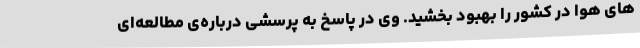
های هوا در کشور را بهبود بخشید. وی در پاسخ به پرسشی درباره‌ی مطالعه‌ای